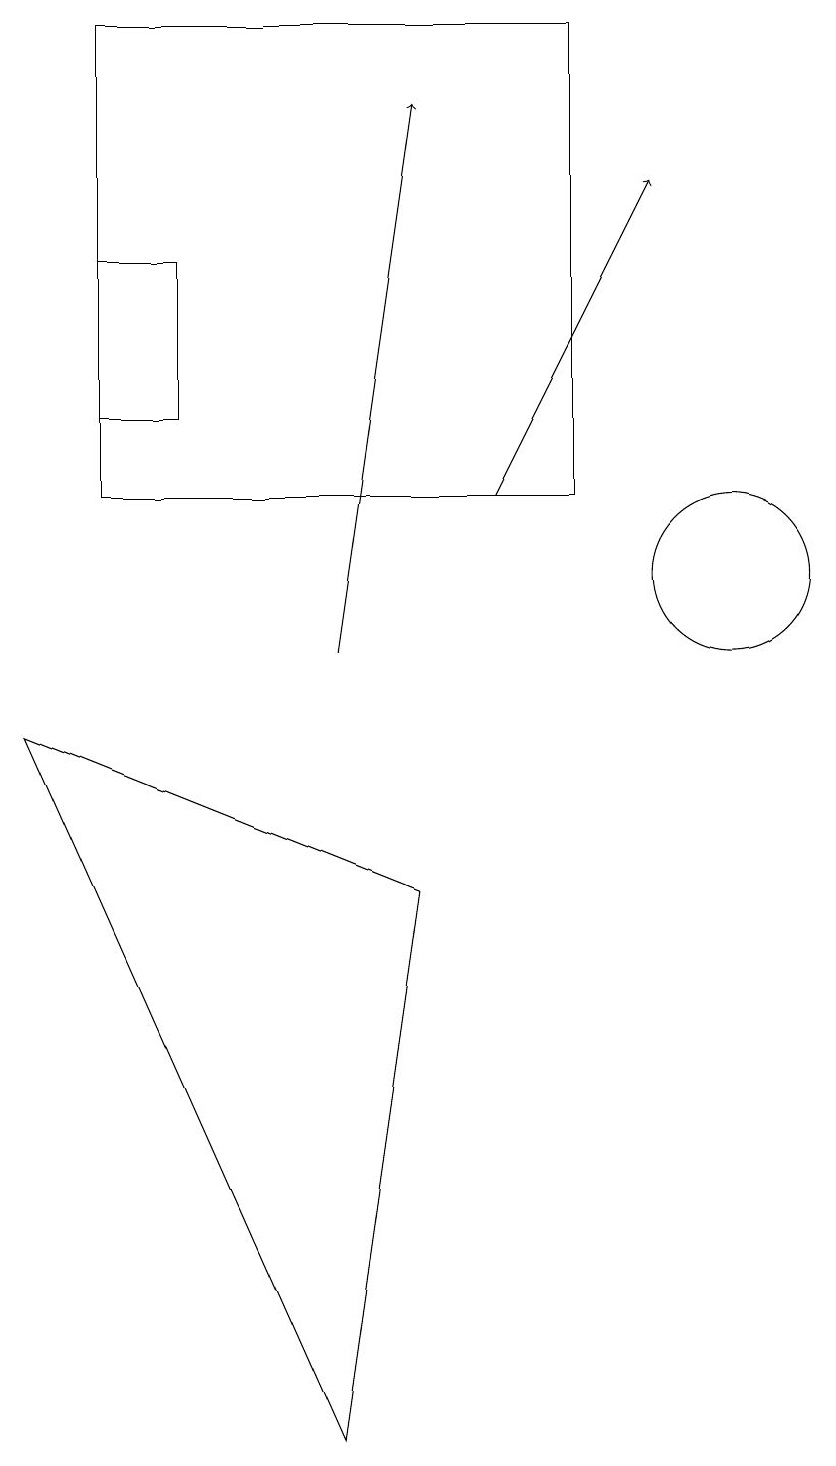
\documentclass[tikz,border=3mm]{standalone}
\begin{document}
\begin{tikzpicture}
\draw[->] (7,12) -- (9,16);
\draw (10,11) circle (1);
\draw (1,9) -- (5,0) -- (6,7) -- cycle;
\draw[->] (5,10) -- (6,17);
\draw (2,12) rectangle (8,18);
\draw (2,13) rectangle (3,15);
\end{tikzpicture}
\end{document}